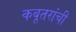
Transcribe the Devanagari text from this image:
कबूतरांची